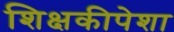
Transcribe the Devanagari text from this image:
शिक्षकीपेशा